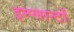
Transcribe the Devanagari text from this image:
इम्प्लान्टों